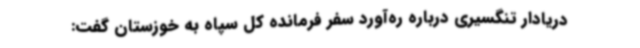
دریادار تنگسیری درباره ره‌آورد سفر فرمانده کل سپاه به خوزستان گفت: